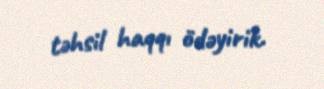
təhsil haqqı ödəyirik.